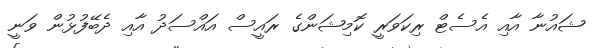
ޝައުނާ އާއި އެސެޓް ރިކަވަރީ ކޮމިޝަންގެ ރައީސް އައްސަދު އާއި ދެބޭފުޅުން ވަނީ